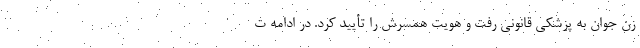
زن جوان به پزشکی قانونی رفت و هویت همسرش را تأیید کرد. در ادامه ت